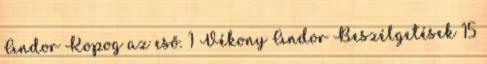
Andor Kopog az eső. 1 Vékony Andor Beszélgetések 15